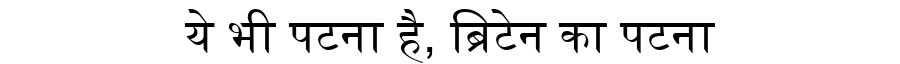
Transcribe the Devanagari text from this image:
ये भी पटना है, ब्रिटेन का पटना